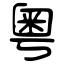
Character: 粤